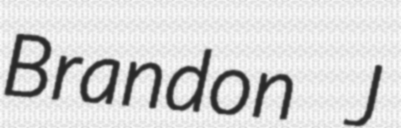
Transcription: Brandon J